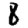
Digit: 8